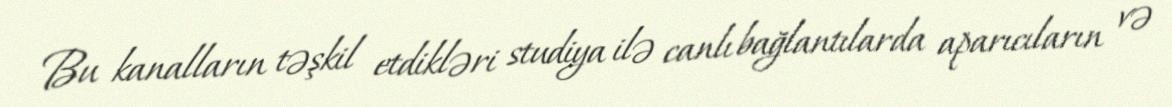
Bu kanalların təşkil etdikləri studiya ilə canlı bağlantılarda aparıcıların və